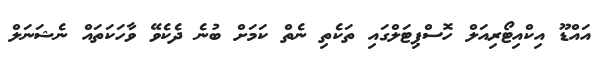
އައްޑޫ އިކްއިޓޯރިއަލް ހޮސްޕިޓަލްގައި ތަކެތި ނެތް ކަމަށް ބުނެ ދެކެވޭ ވާހަކަތައް ނެޝަނަލް